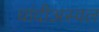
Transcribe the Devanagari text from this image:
चांदीअस्वल